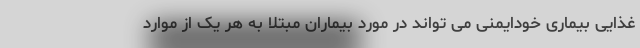
غذایی بیماری خودایمنی می تواند در مورد بیماران مبتلا به هر یک از موارد